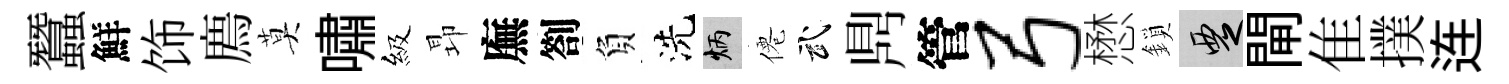
蠶鮮饰廌莫嘯級昻廡劄負洗炳僊武𪔂管弓懋鎖覂閘隹撲连